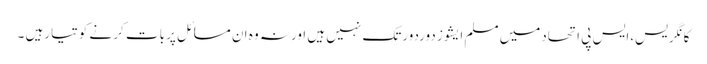
کانگریس،ایس پی اتحادمیں مسلم ایشوز دوردورتک نہیں ہیں اورنہ وہ ان مسائل پربات کر نے کوتیارہیں ۔